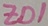
Text: ZD1